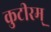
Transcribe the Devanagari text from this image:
कुटीरम्